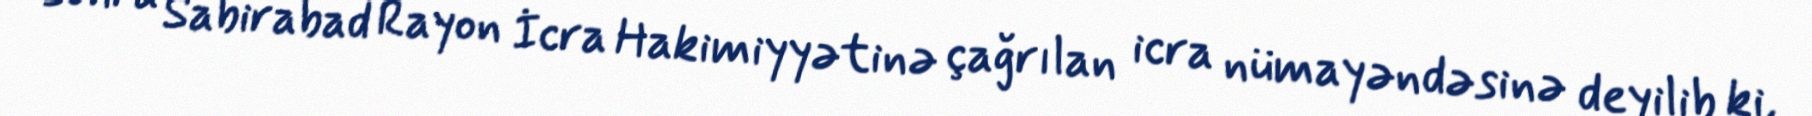
sonra Sabirabad Rayon İcra Hakimiyyətinə çağrılan icra nümayəndəsinə deyilib ki,